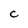
Character: C